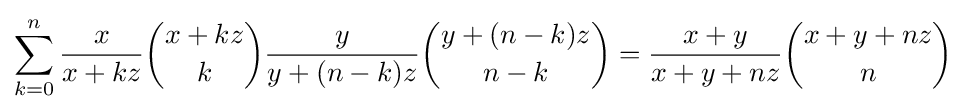
\sum _{k=0}^{n}{\frac {x}{x+kz}}{x+kz \choose k}{\frac {y}{y+(n-k)z}}{y+(n-k)z \choose n-k}={\frac {x+y}{x+y+nz}}{x+y+nz \choose n}